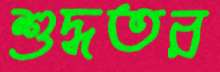
শুদ্ধতর